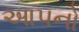
આપનો